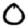
Digit: 0